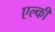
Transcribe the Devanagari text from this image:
एल्की